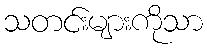
သတင်းများကိုသာ